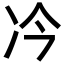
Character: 𪞘